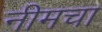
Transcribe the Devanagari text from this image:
नीमचा